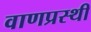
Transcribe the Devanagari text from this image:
वाणप्रस्थी